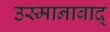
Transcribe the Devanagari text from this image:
उस्मानाबाद्